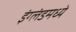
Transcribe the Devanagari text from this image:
इंग्लंडमध्यें